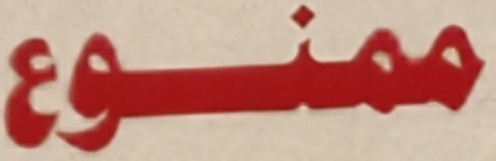
ممنوع